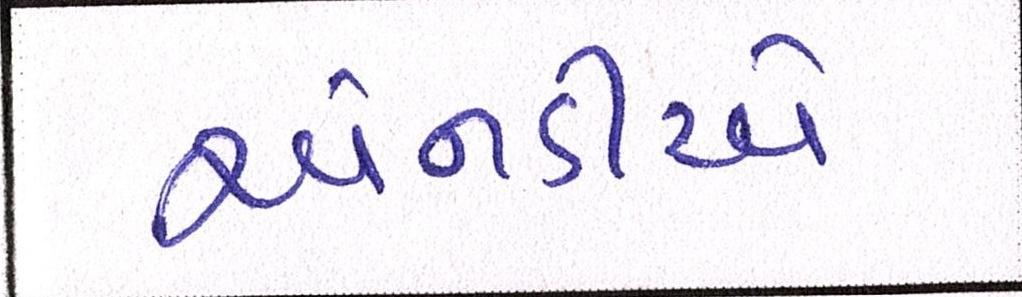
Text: એનડીએ